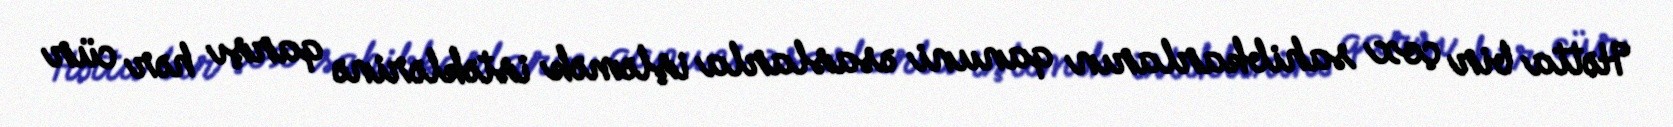
Hətta bir çox sahibkarların qanuni əsaslarla işləmək istəklərinə qarşı hər cür